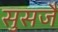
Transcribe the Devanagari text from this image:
सुसजै